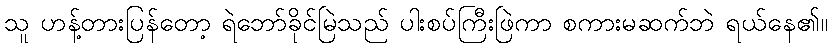
သူ ဟန့်တားပြန်တော့ ရဲဘော်ခိုင်မြဲသည် ပါးစပ်ကြီးဖြဲကာ စကားမဆက်ဘဲ ရယ်နေ၏။